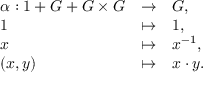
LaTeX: \begin{array} { l l l } { \alpha : { 1 } + G + G \times G } & { \to } & { G , } \\ { 1 } & { \mapsto } & { 1 , } \\ { x } & { \mapsto } & { x ^ { - 1 } , } \\ { ( x , y ) } & { \mapsto } & { x \cdot y . } \end{array}